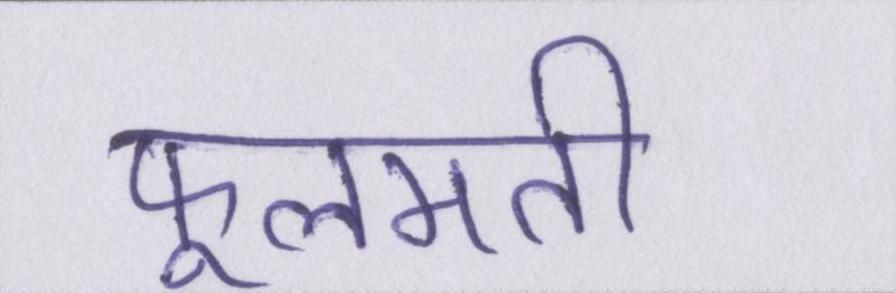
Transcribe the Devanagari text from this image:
फूलमती